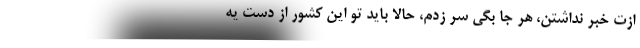
ازت خبر نداشتن، هر جا بگی سر زدم، حالا باید تو این کشور از دست یه